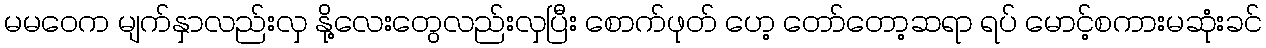
မမဝေက မျက်နှာလည်းလှ နို့လေးတွေလည်းလှပြီး စောက်ဖုတ် ဟေ့ တော်တော့ဆရာ ရပ် မောင့်စကားမဆုံးခင်